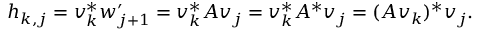
h _ { k , j } = v _ { k } ^ { * } w _ { j + 1 } ^ { \prime } = v _ { k } ^ { * } A v _ { j } = v _ { k } ^ { * } A ^ { * } v _ { j } = ( A v _ { k } ) ^ { * } v _ { j } .